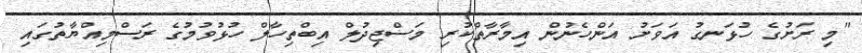
"މި ރަށުގެ ހުޅަނގު އަވަށު އަންހެނުން އިމާރާތްކުރި މަސްޖިދުލް އިބްތިހާލް ހުޅުވުމުގެ ރަސްމިއްޔާތުގައި